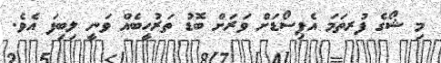
މި ޝޯގެ ފުރތަމަ އެޕިސޯޑަށް ވަރަށް ބޮޑު ތަރުހީބެއް ވަނީ ލިބިފަ އެވެ.